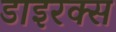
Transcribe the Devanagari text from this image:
डाइरक्स